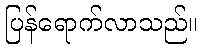
ပြန်ရောက်လာသည်။